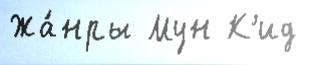
Жа́нры Мун К'ид